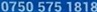
0750 575 1818